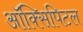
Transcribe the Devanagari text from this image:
ऑक्सिपिटल